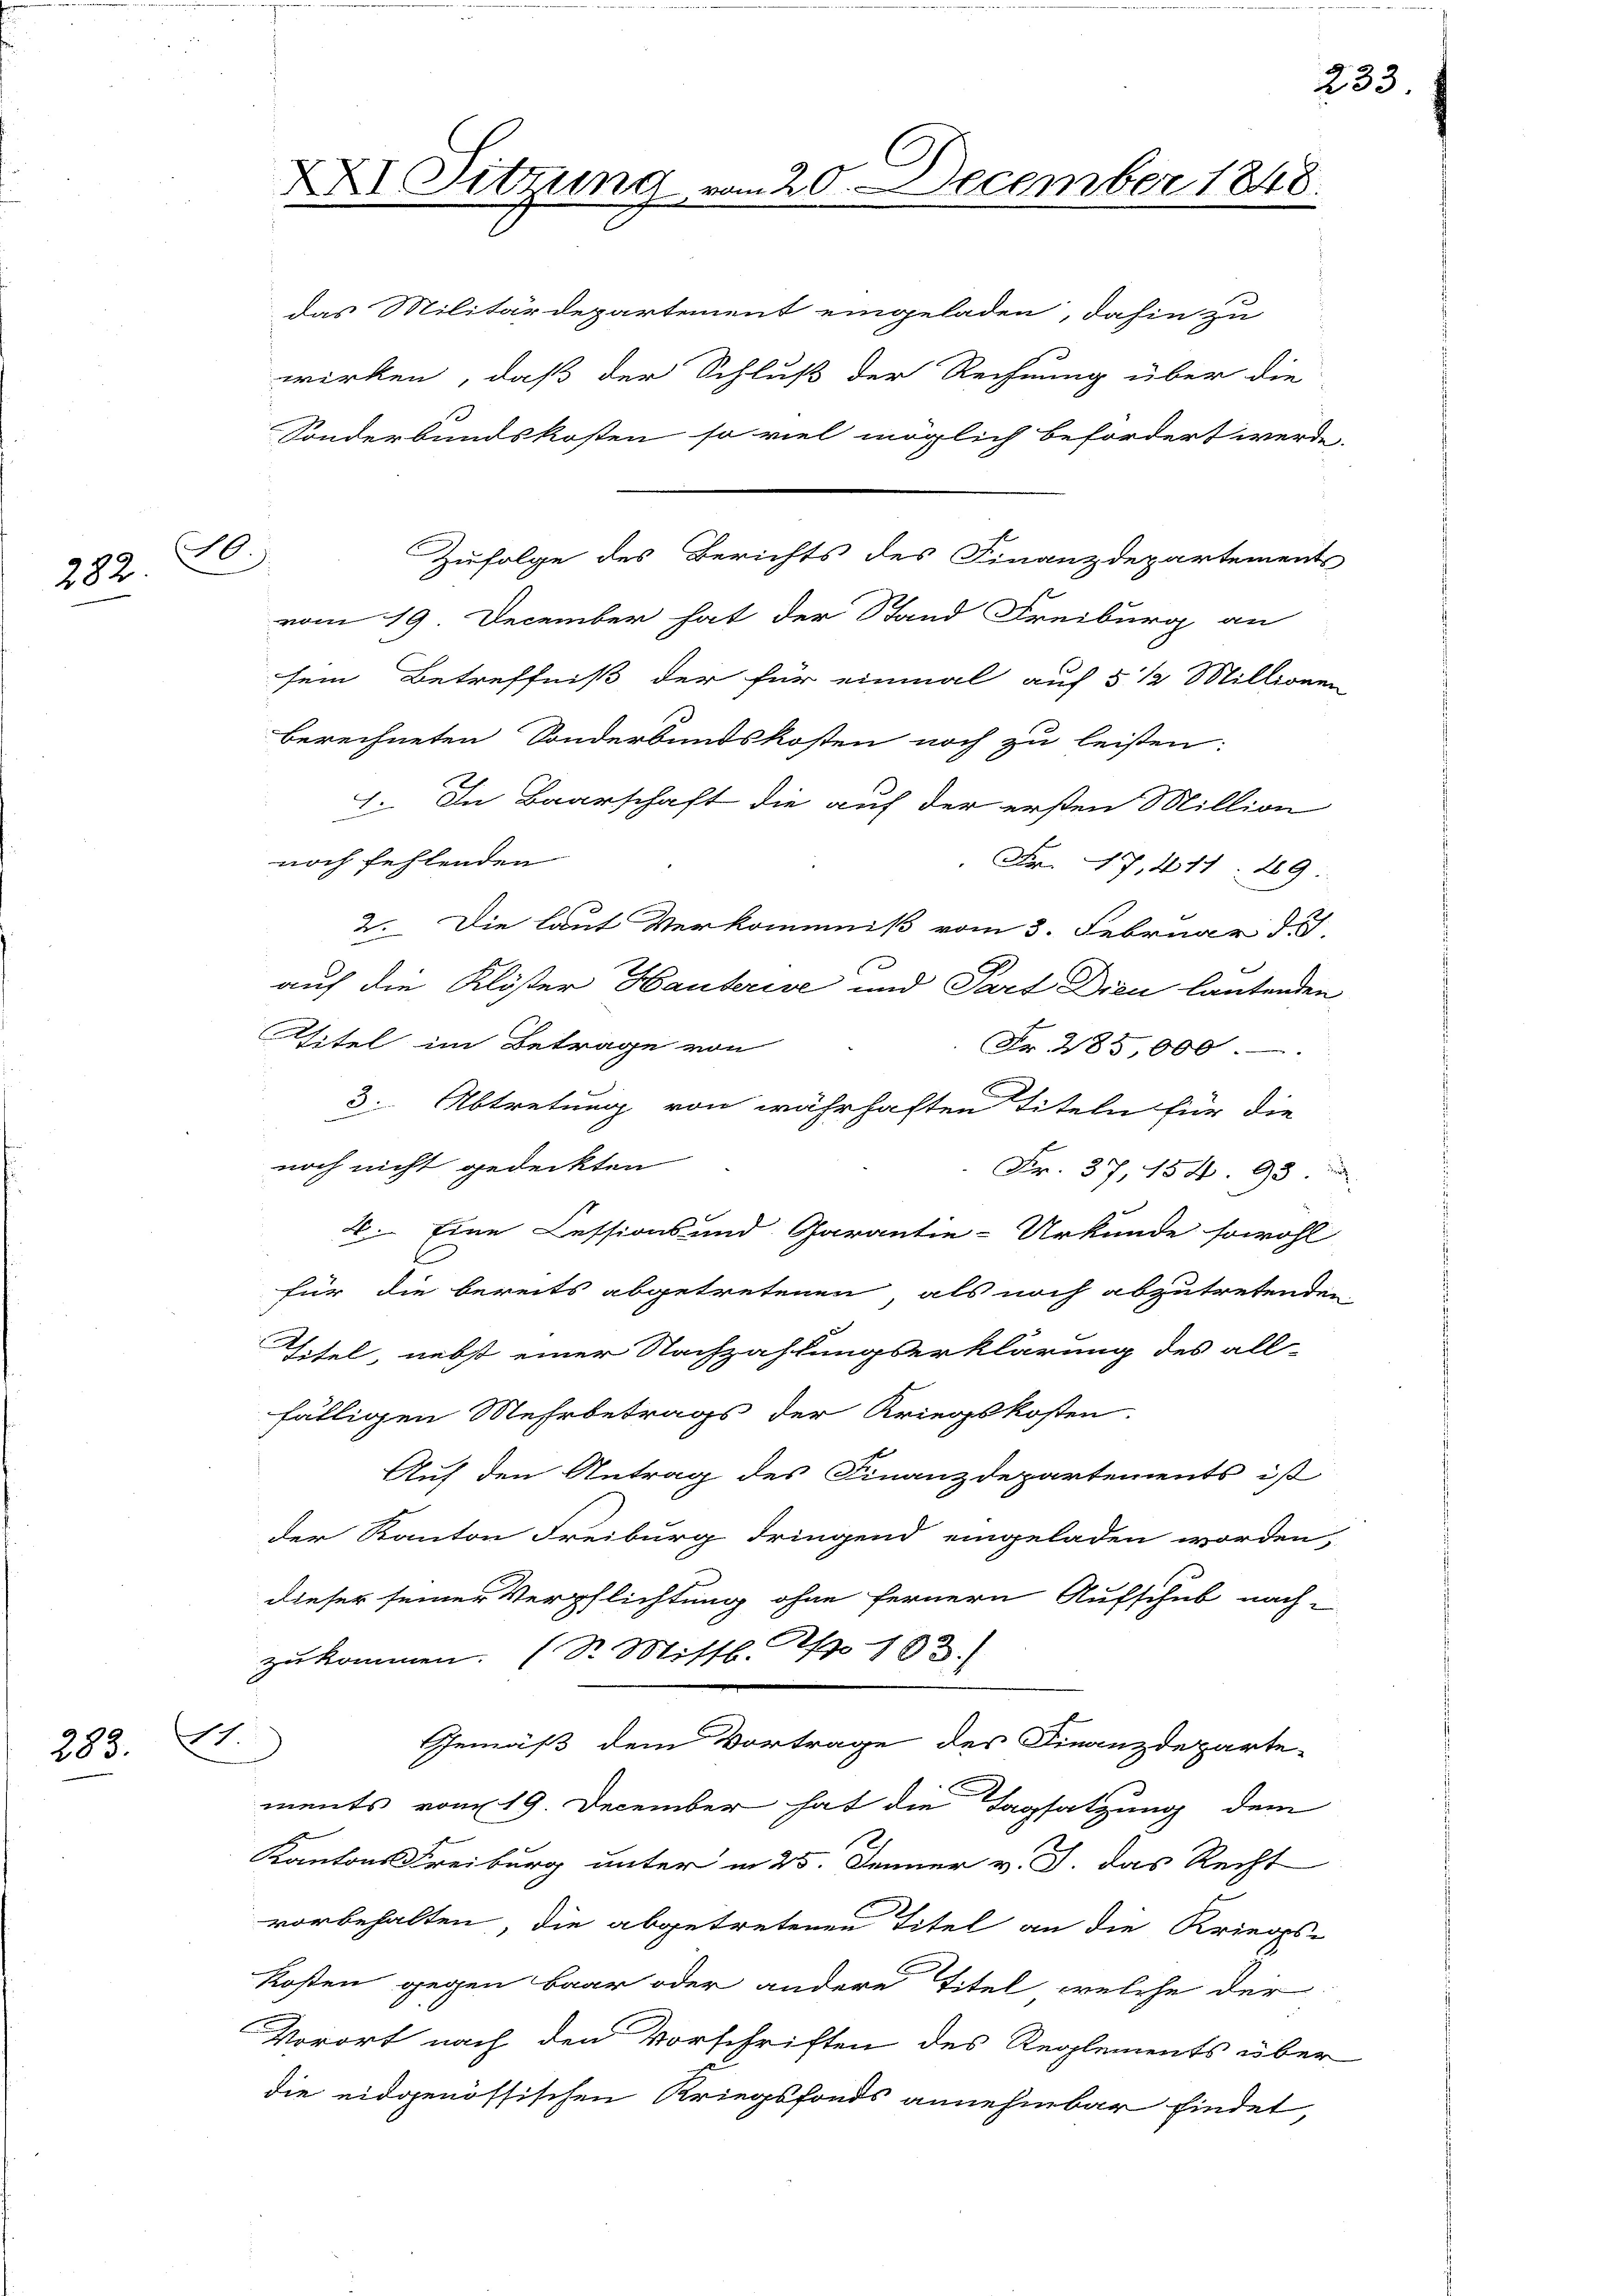
20.
282.

283.

XXI. Sitzung vom 20. December 1848.

I.

das Militärdepartement eingeladen, dahin zu
wirken, daß der Schluß der Rechnung über die
Sonderbundskosten so viel möglich befördert werde.
Zufolge des Berichts des Finanzdepartements
vom 19. December hat der Stand Freiburg an
sein Betreffniß der für einmal auf 5 1/2 Millionen
berechneten Sonderbundskosten noch zu leisten:
I. In Baarschaft die auf der ersten Million
noch fehlenden
Fr. 7, 411. 29
2. Die laut Verkommniß vom 3. Februar 18
auf die Klöster Hauberise und Part Dien lautenden
Wtitel im Betrage von
Nr. 285,000
3. Abtretung von währhaften Titeln für die
noch nicht gedeckten
Fr. 37, 154. 93
2. Eine Cessionsand Garantie-Urkunde sowohl
für die bereits abgetretenen als noch abzutretenden
Titel, nebst einer Nachzahlungserklärung des all-
fälligen Mehrbetrags der Kriegskosten.
Auf den Antrag des Finanzdepartements ist
der Kanton Freiburg dringend eingeladen worden,
dieser seiner Verpflichtung ohne fernern Aufschub nach-
zukommen. (Dr. Missl pro 183.
Gemäß dem Vortrage des Finanzdeparte-
ments vom 19. December hat die Tagsatzung dem
Kantons Freiburg unter in 25. Jenner v. J. das Recht
vorbehalten, die abgetretenen Titel an die Kriegs-
Kosten gegen baar oder andere Titel, welche der
Vorort nach den Vorschriften des Reglements über
die eidgenössischen Kriegsfonds annehmbar findet,

233.